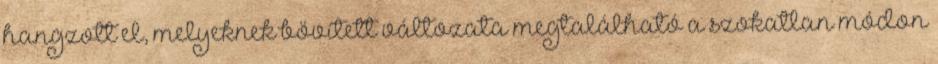
hangzott el, melyeknek bővített változata megtalálható a szokatlan módon